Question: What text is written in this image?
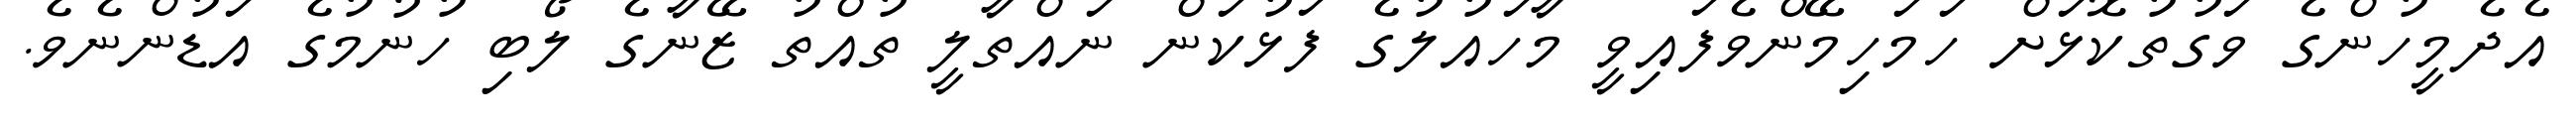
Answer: އެދެމީހުންގެ ވަގުތުކޮޅަށް ހަމަހިމޭންވެފައިވީ މާހައުލުގެ ފަޅުކަން ނައްތާލީ ތުއްތު ޒޭނާގެ ލޯބި ހުނުމުގެ އަޑުންނެވެ.